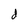
Character: d